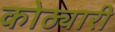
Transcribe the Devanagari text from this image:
कोठ्यारी